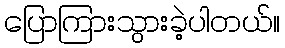
ပြောကြားသွားခဲ့ပါတယ်။